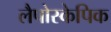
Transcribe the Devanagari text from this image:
लैपोस्केपिक